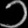
Digit: ၁